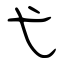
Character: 弋